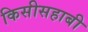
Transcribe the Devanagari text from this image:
किसीसहाबी